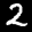
Label: 2